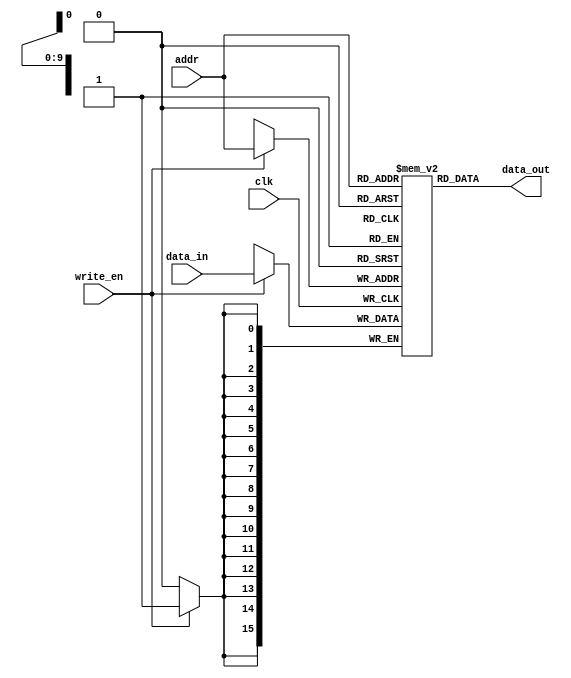
module instuction_mem(data_in,data_out,addr,clk,write_en);
	output [15:0] data_out;
	input [15:0] data_in;
	input [9:0] addr;
	input clk,write_en;
	wire [15:0] data_in,data_out;
	wire clk,write_en;
	wire [9:0] addr;
	reg  [15:0] mem [1023:0];
	
	initial 
		begin // Downsampling instructions are Included 
		mem[ 0 ]= 16'b 0000000000000000 ;
		mem[ 1 ]= 16'b 1111000000000000 ;
		mem[ 2 ]= 16'b 0000000000000000 ;
		mem[ 3 ]= 16'b 1101000000000000 ;
		mem[ 4 ]= 16'b 0000000000000000 ;
		mem[ 5 ]= 16'b 1001100110010000 ;
		mem[ 6 ]= 16'b 0000000001111110 ;
		mem[ 7 ]= 16'b 1001101110110000 ;
		mem[ 8 ]= 16'b 1111111000000000 ;
		mem[ 9 ]= 16'b 1001010101010000 ;
		mem[ 10 ]= 16'b 0000000011111101 ;
		mem[ 11 ]= 16'b 1001011101110000 ;
		mem[ 12 ]= 16'b 0000000000000010 ;
		mem[ 13 ]= 16'b 1001100010000000 ;
		mem[ 14 ]= 16'b 0000000000010000 ;
		mem[ 15 ]= 16'b 1001110011000000 ;
		mem[ 16 ]= 16'b 1111111000000001 ;
		mem[ 17 ]= 16'b 1011000000000000 ;
		mem[ 18 ]= 16'b 0000000000000000 ;
		mem[ 19 ]= 16'b 1110001100010000 ;
		mem[ 20 ]= 16'b 1100000000000000 ;
		mem[ 21 ]= 16'b 1011000000000000 ;
		mem[ 22 ]= 16'b 0000000000000000 ;
		mem[ 23 ]= 16'b 1110010000010000 ;
		mem[ 24 ]= 16'b 1100000000000000 ;
		mem[ 25 ]= 16'b 1011000000000000 ;
		mem[ 26 ]= 16'b 0000000000000000 ;
		mem[ 27 ]= 16'b 0001001100110001 ;
		mem[ 28 ]= 16'b 0001000000000101 ;
		mem[ 29 ]= 16'b 1011000000000000 ;
		mem[ 30 ]= 16'b 0000000000000000 ;
		mem[ 31 ]= 16'b 0001010001000001 ;
		mem[ 32 ]= 16'b 1100000000000000 ;
		mem[ 33 ]= 16'b 1011000000000000 ;
		mem[ 34 ]= 16'b 0000000000000000 ;
		mem[ 35 ]= 16'b 1110011000010000 ;
		mem[ 36 ]= 16'b 1100000000000000 ;
		mem[ 37 ]= 16'b 1011000000000000 ;
		mem[ 38 ]= 16'b 0000000000000000 ;
		mem[ 39 ]= 16'b 0001010001000001 ;
		mem[ 40 ]= 16'b 0001000000000101 ;
		mem[ 41 ]= 16'b 0100011001100111 ;
		mem[ 42 ]= 16'b 1011000000000000 ;
		mem[ 43 ]= 16'b 0100011001100111 ;
		mem[ 44 ]= 16'b 0001001100110001 ;
		mem[ 45 ]= 16'b 1100000000000000 ;
		mem[ 46 ]= 16'b 1011000000000000 ;
		mem[ 47 ]= 16'b 0000000000000000 ;
		mem[ 48 ]= 16'b 0001010001000001 ;
		mem[ 49 ]= 16'b 1100000000000000 ;
		mem[ 50 ]= 16'b 1011000000000000 ;
		mem[ 51 ]= 16'b 0000000000000000 ;
		mem[ 52 ]= 16'b 0001001100110001 ;
		mem[ 53 ]= 16'b 0100010001000111 ;
		mem[ 54 ]= 16'b 0001001100110110 ;
		mem[ 55 ]= 16'b 0000000000000000 ;
		mem[ 56 ]= 16'b 0001001100110100 ;
		mem[ 57 ]= 16'b 1110000011000000 ;
		mem[ 58 ]= 16'b 0101001100111000 ;
		mem[ 59 ]= 16'b 0000000000000000 ;
		mem[ 60 ]= 16'b 1110000100110000 ;
		mem[ 61 ]= 16'b 1010000000000000 ;
		mem[ 62 ]= 16'b 1100001000000000 ;
		mem[ 63 ]= 16'b 0011111010101001 ;
		mem[ 64 ]= 16'b 0110000001001000 ;
		mem[ 65 ]= 16'b 0000000000000000 ;
		mem[ 66 ]= 16'b 1001101010100000 ;
		mem[ 67 ]= 16'b 0000000000000001 ;
		mem[ 68 ]= 16'b 0001110111010111 ;
		mem[ 69 ]= 16'b 0000000000000000 ;
		mem[ 70 ]= 16'b 1110000011010000 ;
		mem[ 71 ]= 16'b 0010111011101110 ;
		mem[ 72 ]= 16'b 0110000000010001 ;
		mem[ 73 ]= 16'b 0000000000000000 ;
		mem[ 74 ]= 16'b 1001110111010000 ;
		mem[ 75 ]= 16'b 0000000100000010 ;
		mem[ 76 ]= 16'b 0010101010101010 ;
		mem[ 77 ]= 16'b 1110000011010000 ;
		mem[ 78 ]= 16'b 0011111010111101 ;
		mem[ 79 ]= 16'b 0111000000010001 ;
		mem[ 80 ]= 16'b 0000000000000000 ;
		mem[ 81 ]= 16'b 0000000000000000 ;
		mem[ 82 ]= 16'b 0000000000000000 ;
		mem[ 83 ]= 16'b 1111111100000000 ;
		end
		
	always @(posedge clk)
		begin
			if(write_en==1'b1)
				mem[addr]=data_in;
		end
	assign 	data_out=mem[addr];
endmodule